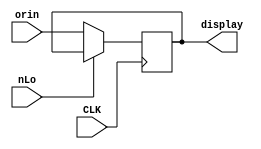
module Output_Register(nLo, CLK, orin, display);
input CLK, nLo; //Inputs from the block diagram
input [7:0] orin; //8 bits from W bus

output [7:0] display; //8 bits going to Binary Display

reg [7:0] display;  //Registers to hold the data being sent to the Binary Display

always @ (posedge CLK)

begin 
  if(!nLo) //When nLo is low the next pos CLK edge loads the accumulator word into the output register
    display = orin;
  end
  
endmodule